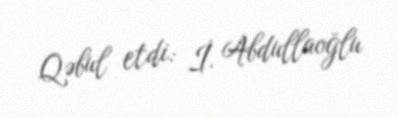
Qəbul etdi: İ. Abdullaoğlu